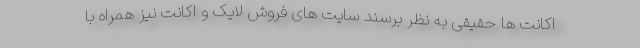
اکانت ها حقیقی به نظر برسند سایت های فروش لایک و اکانت نیز همراه با